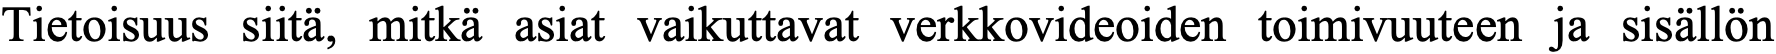
Tietoisuus siitä, mitkä asiat vaikuttavat verkkovideoiden toimivuuteen ja sisällön